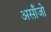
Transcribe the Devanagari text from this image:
असाँजो